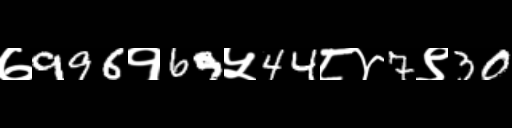
Text: ७996१69५44८४7९30